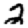
Digit: 2